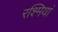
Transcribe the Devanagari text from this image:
रश्मियां